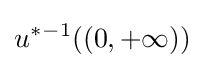
u{}^{*}{}^{-1}((0,+\infty ))